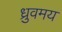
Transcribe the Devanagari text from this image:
ध्रुवमय